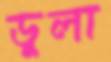
ডুলা